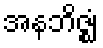
အနဘိဇ္ဈံ